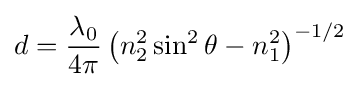
d={\frac {\lambda _{0}}{4\pi }}\left(n_{2}^{2}\sin ^{2}\theta -n_{1}^{2}\right)^{-1/2}